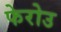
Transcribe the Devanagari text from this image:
फेरोउ